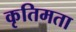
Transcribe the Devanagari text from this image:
कृतिमता